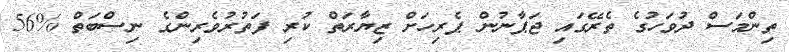
ތިންމަސް ދުވަހުގެ ތެރޭގައި ޖަޕާނުން ޕެރިހަށް ޒިޔާރަތް ކުރި ފަތުރުވެރިންގެ ނިސްބަތް %56